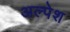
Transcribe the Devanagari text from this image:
अल्पेश